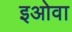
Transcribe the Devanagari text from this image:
इओवा